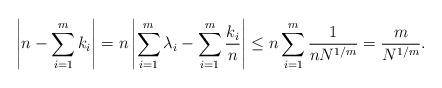
LaTeX: \begin{align*} \left| n - \sum_{i=1}^m k_i \right| &= n \left| \sum_{i=1}^m \lambda_i - \sum_{i=1}^m \frac{k_i}{n} \right| \le n \sum_{i=1}^m \frac{1}{n N^{1/m}} = \frac{m}{N^{1/m}}. \end{align*}